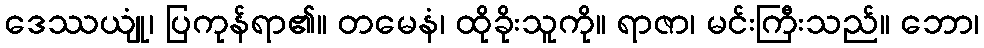
ဒေဿယျုံ၊ ပြကုန်ရာ၏။ တမေနံ၊ ထိုခိုးသူကို။ ရာဇာ၊ မင်းကြီးသည်။ ဘော၊